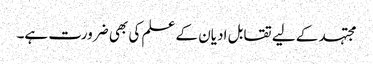
مجتہد کے لیے تقابل ادیان کے علم کی بھی ضرورت ہے۔